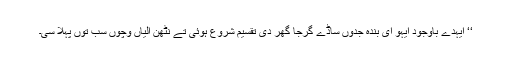
‘‘ ایہدے باوجود ایہو ای بندہ جدوں ساڈے گرجا گھر دی تقسیم شروع ہوئی تے نٹھن آلیاں وِچوں سب توں پہلا سی۔